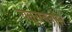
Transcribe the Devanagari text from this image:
चतुराननास